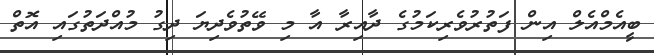
ބީއެމްއެލް އިން ފަތުުރުވެރިކަމުގެ ދާއިރާ އާ މި ވޭތުވެދިޔަ ދިގު މުއްދަތުގައި އޮތް